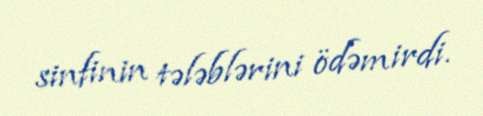
sinfinin tələblərini ödəmirdi.